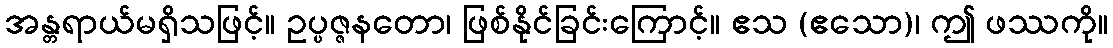
အန္တရာယ်မရှိသဖြင့်။ ဥပ္ပဇ္ဇနတော၊ ဖြစ်နိုင်ခြင်းကြောင့်။ ဧသ (ဧသော)၊ ဤ ဖဿကို။